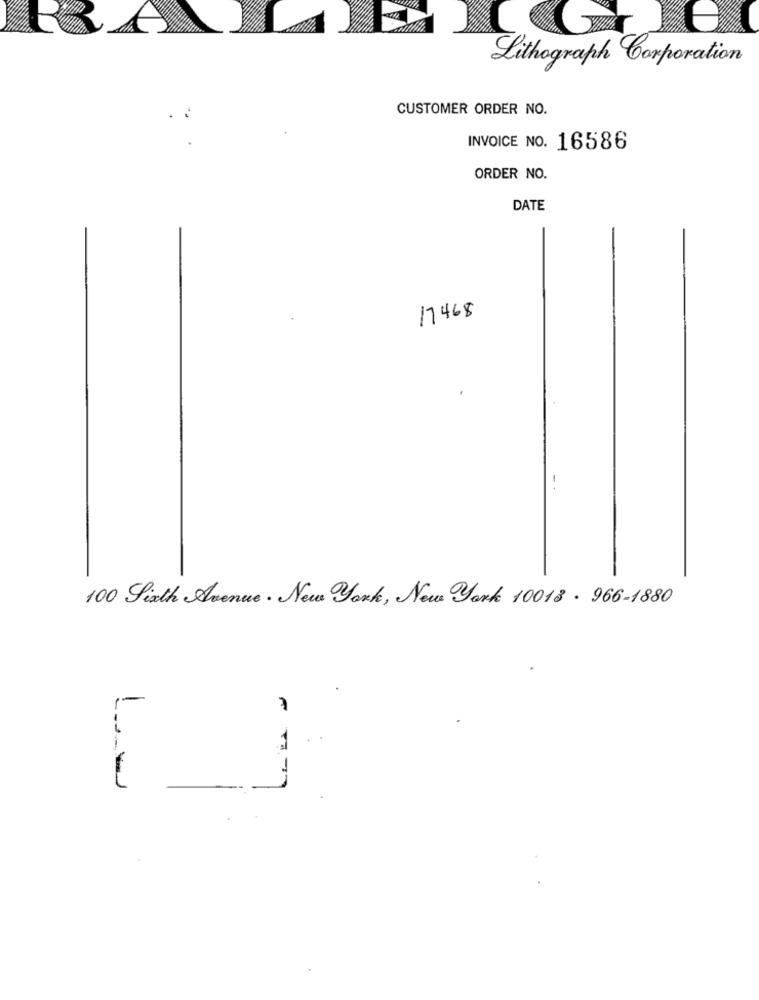
Lithograph Corporation
CUSTOMER ORDER NO.
INVOICE NO. 16586
ORDER NO.
DATE
17468
100 Sixth Avenue . New York, New York 10018 . 966-1880
1-